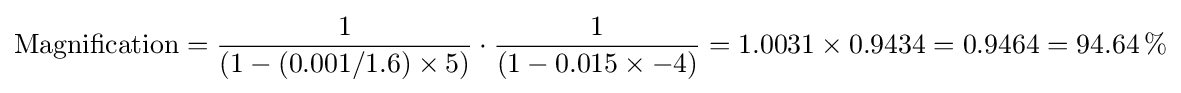
{\textrm {Magnification}}={\frac {1}{(1-(0.001/1.6)\times 5)}}\cdot {\frac {1}{(1-0.015\times -4)}}=1.0031\times 0.9434=0.9464=94.64\,\%